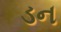
ડન